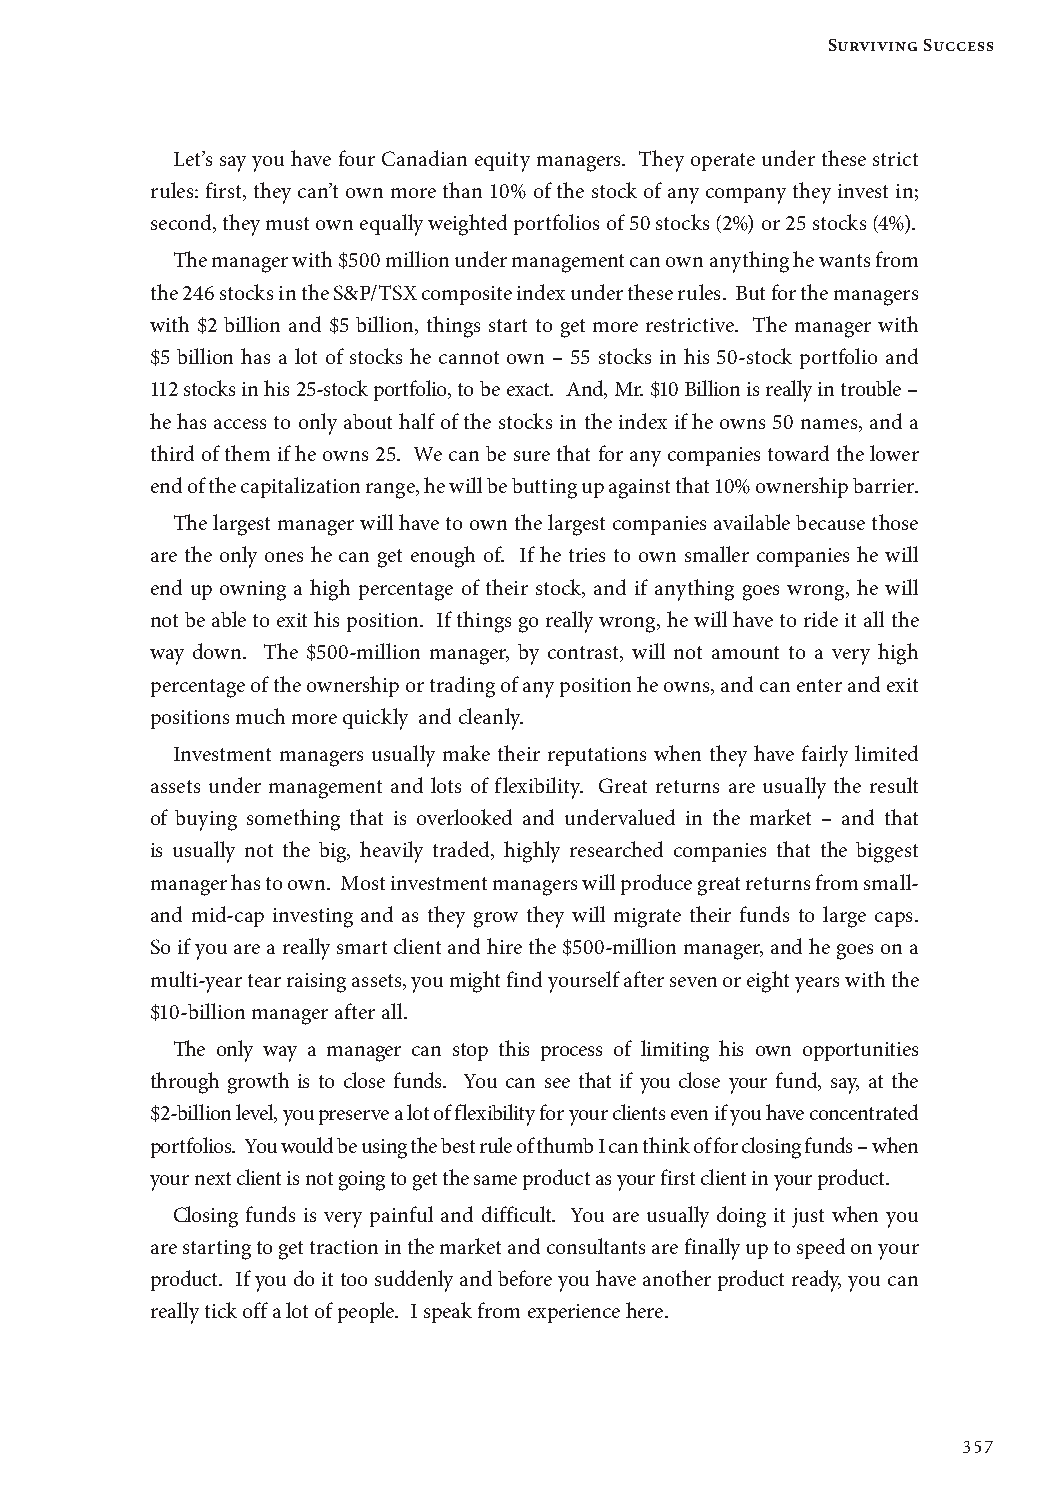
Surviving Success
 Let’s say you have four Canadian equity managers. They operate under these strict
 rules: first, they can’t own more than 10% of the stock of any company they invest in;
 second, they must own equally weighted portfolios of 50 stocks (2%) or 25 stocks (4%).
 The manager with $500 million under management can own anything he wants from
 the 246 stocks in the S&P/TSX composite index under these rules. But for the managers
 with $2 billion and $5 billion, things start to get more restrictive. The manager with
 $5 billion has a lot of stocks he cannot own – 55 stocks in his 50-stock portfolio and
 112 stocks in his 25-stock portfolio, to be exact. And, Mr. $10 Billion is really in trouble –
 he has access to only about half of the stocks in the index if he owns 50 names, and a
 third of them if he owns 25. We can be sure that for any companies toward the lower
 end of the capitalization range, he will be butting up against that 10% ownership barrier.
 The largest manager will have to own the largest companies available because those
 are the only ones he can get enough of. If he tries to own smaller companies he will
 end up owning a high percentage of their stock, and if anything goes wrong, he will
 not be able to exit his position. If things go really wrong, he will have to ride it all the
 way down. The $500-million manager, by contrast, will not amount to a very high
 percentage of the ownership or trading of any position he owns, and can enter and exit
 positions much more quickly and cleanly.
 Investment managers usually make their reputations when they have fairly limited
 assets under management and lots of flexibility. Great returns are usually the result
 of buying something that is overlooked and undervalued in the market – and that
 is usually not the big, heavily traded, highly researched companies that the biggest
 manager has to own. Most investment managers will produce great returns from small-
 and mid-cap investing and as they grow they will migrate their funds to large caps.
 So if you are a really smart client and hire the $500-million manager, and he goes on a
 multi-year tear raising assets, you might find yourself after seven or eight years with the
 $10-billion manager after all.
 The only way a manager can stop this process of limiting his own opportunities
 through growth is to close funds. You can see that if you close your fund, say, at the
 $2-billion level, you preserve a lot of flexibility for your clients even if you have concentrated
 portfolios. You would be using the best rule of thumb I can think of for closing funds – when
 your next client is not going to get the same product as your first client in your product.
 Closing funds is very painful and difficult. You are usually doing it just when you
 are starting to get traction in the market and consultants are finally up to speed on your
 product. If you do it too suddenly and before you have another product ready, you can
 really tick off a lot of people. I speak from experience here.
 357